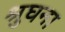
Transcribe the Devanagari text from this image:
श्रुघना